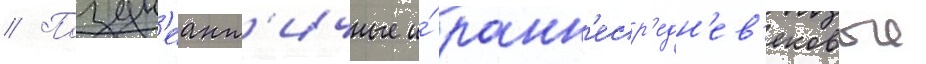
// Поздн'еант'ичные и́ ранн'еср'едн'ев'ековые